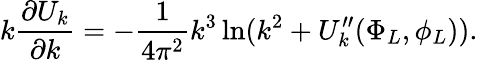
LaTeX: k{\frac{\partial U_{k}}{\partial k}}=-{\frac{1}{4\pi^{2}}}k^{3}\ln(k^{2}+U_{k}^{\prime\prime}(\Phi_{L},\phi_{L})).